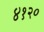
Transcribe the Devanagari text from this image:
४१२०